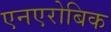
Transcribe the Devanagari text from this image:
एनएरोबिक